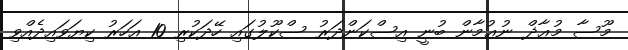
މޫސާ މުޢާޛް ނުޢުމާން ބުނީ އިސްކަންދަރު ސްކޫލުގައި ހޭދަކުރި 10 އަހަރު ކިޔަވައިދެއްވި